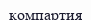
компартия